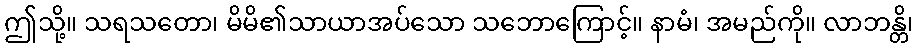
ဤသို့။ သရသတော၊ မိမိ၏သာယာအပ်သော သဘောကြောင့်။ နာမံ၊ အမည်ကို။ လာဘန္တိ၊